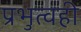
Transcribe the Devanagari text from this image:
प्रभुत्वही